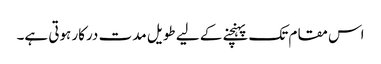
اس مقام تک پہنچنے کے لیے طویل مدت درکار ہوتی ہے۔